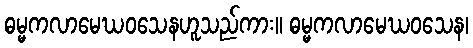
ဓမ္မကလာမေဃဝသေနဟူသည်ကား။ ဓမ္မကလာမေဃဝသေန၊